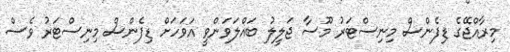
މިރާއްޖޭގެ ޑިފެންސް މިނިސްޓަރު މޫސާ ޖަލީލު ބައްލަވަންވީ އަވަހަށް ޑިފެންސް މިނިސްޓަރު ވެސް